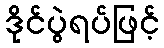
ဒိုင်ပွဲရပ်ဖြင့်